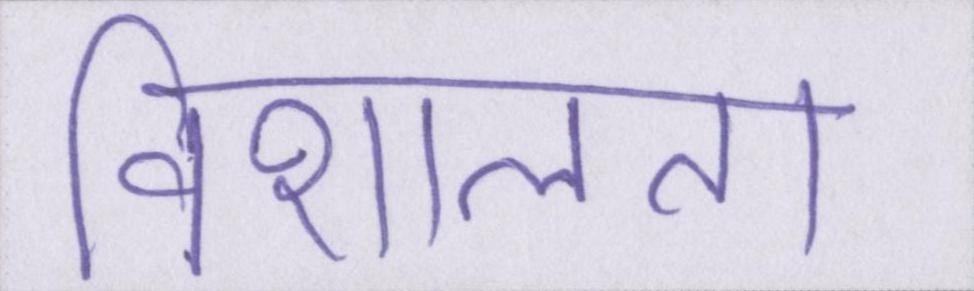
विशालता